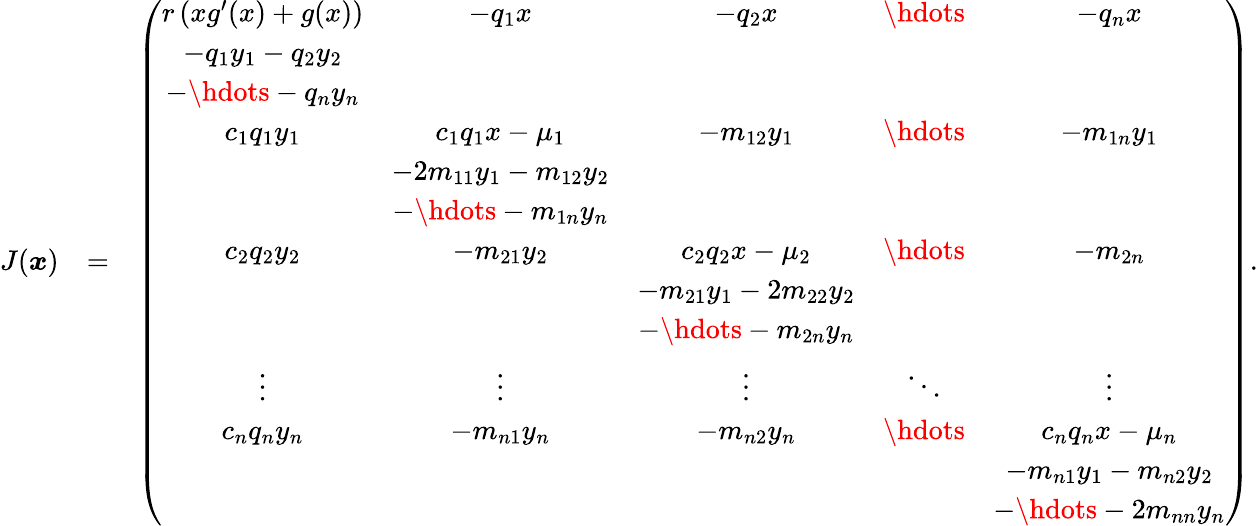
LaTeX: \begin{array}{rlr}{J(\boldsymbol x)}&{=}&{\left(\begin{array}{ccccc}{r\, (xg^{\prime}(x)+g(x))}&{-q_{1}x}&{-q_{2}x}&{\hdots}&{-q_{n}x}\\ {-q_{1}y_{1}-q_{2}y_{2}}&&&&\\ {-\hdots-q_{n}y_{n}}&&&&\\ {c_{1}q_{1}y_{1}}&{c_{1}q_{1}x-\mu_{1}}&{-m_{12}y_{1}}&{\hdots}&{-m_{1n}y_{1}}\\ &{-2m_{11}y_{1}-m_{12}y_{2}}&&&\\ &{-\hdots-m_{1n}y_{n}}&&&\\ {c_{2}q_{2}y_{2}}&{-m_{21}y_{2}}&{c_{2}q_{2}x-\mu_{2}}&{\hdots}&{-m_{2n}}\\ &&{-m_{21}y_{1}-2m_{22}y_{2}}&&\\ &&{-\hdots-m_{2n}y_{n}}&&\\ {\vdots}&{\vdots}&{\vdots}&{\ddots}&{\vdots}\\ {c_{n}q_{n}y_{n}}&{-m_{n1}y_{n}}&{-m_{n2}y_{n}}&{\hdots}&{c_{n}q_{n}x-\mu_{n}}\\ &&&&{-m_{n1}y_{1}-m_{n2}y_{2}}\\ &&&&{-\hdots-2m_{nn}y_{n}}\end{array}\right).}\end{array}